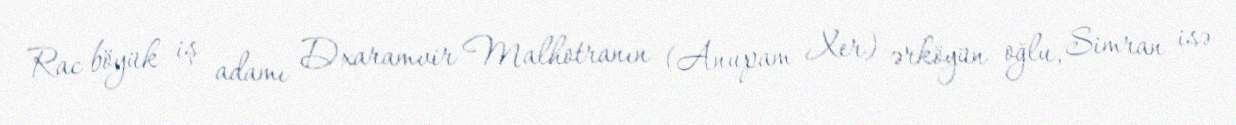
Rac böyük iş adamı Dxaramvir Malhotranın (Anupam Xer) ərköyün oğlu, Simran isə